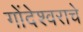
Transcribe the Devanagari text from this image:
गोंदेश्वराचे